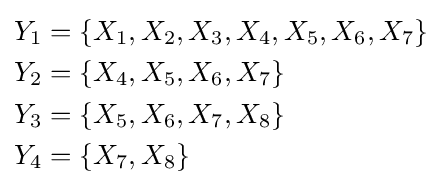
{\begin{aligned}Y_{1}&=\{X_{1},X_{2},X_{3},X_{4},X_{5},X_{6},X_{7}\}\\Y_{2}&=\{X_{4},X_{5},X_{6},X_{7}\}\\Y_{3}&=\{X_{5},X_{6},X_{7},X_{8}\}\\Y_{4}&=\{X_{7},X_{8}\}\end{aligned}}